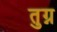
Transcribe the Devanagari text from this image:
तुग्न